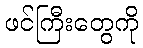
ဖင်ကြီးတွေကို